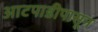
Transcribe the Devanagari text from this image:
आटपाडीपासून